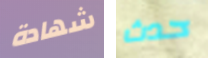
شهادة حدث